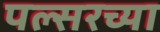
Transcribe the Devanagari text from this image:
पल्सरच्या